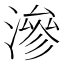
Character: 滲